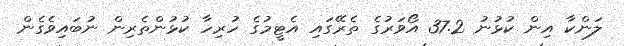
ލަންކާ އިން ކުޅުނު 37.2 އޯވަރުގެ ތެރޭގައި އެޓީމުގެ ހުރިހާ ކުޅުންތެރިން ނުބައިވެގެން